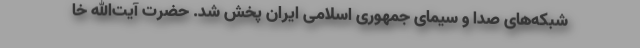
شبکه‌های صدا و سیمای جمهوری اسلامی ایران پخش شد. حضرت آیت‌الله خا